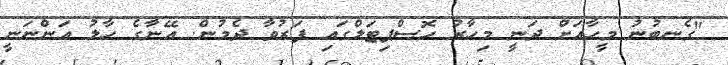
"ގެނބުނު މީހާއަށް ދަނީ މިހާރު ހޮސްޕިޓަލްގައި ފަރުވާ ދެމުން. އޭނާގެ ހާލު އަންނަނީ